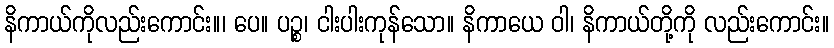
နိကာယ်ကိုလည်းကောင်း။၊ ပေ။ ပဉ္စ၊ ငါးပါးကုန်သော။ နိကာယေ ဝါ၊ နိကာယ်တို့ကို လည်းကောင်း။